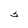
Character: 5